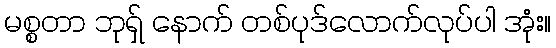
မစ္စတာ ဘုရှ် နောက် တစ်ပုဒ်လောက်လုပ်ပါ အုံး။